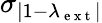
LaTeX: \sigma_{|1-\lambda_{\mathrm{~e~x~t~}}|}